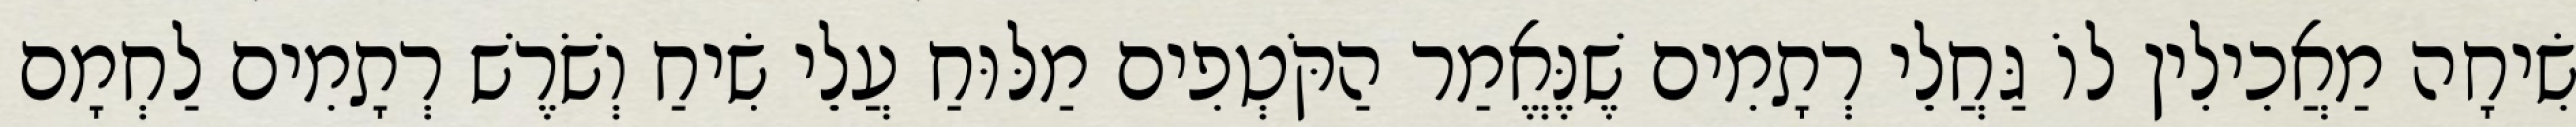
שִׂיחָה מַאֲכִילִין לוֹ גַּחֲלֵי רְתָמִים שֶׁנֶּאֱמַר הַקֹּטְפִים מַלּוּחַ עֲלֵי שִׂיחַ וְשֹׁרֶשׁ רְתָמִים לַחְמָם